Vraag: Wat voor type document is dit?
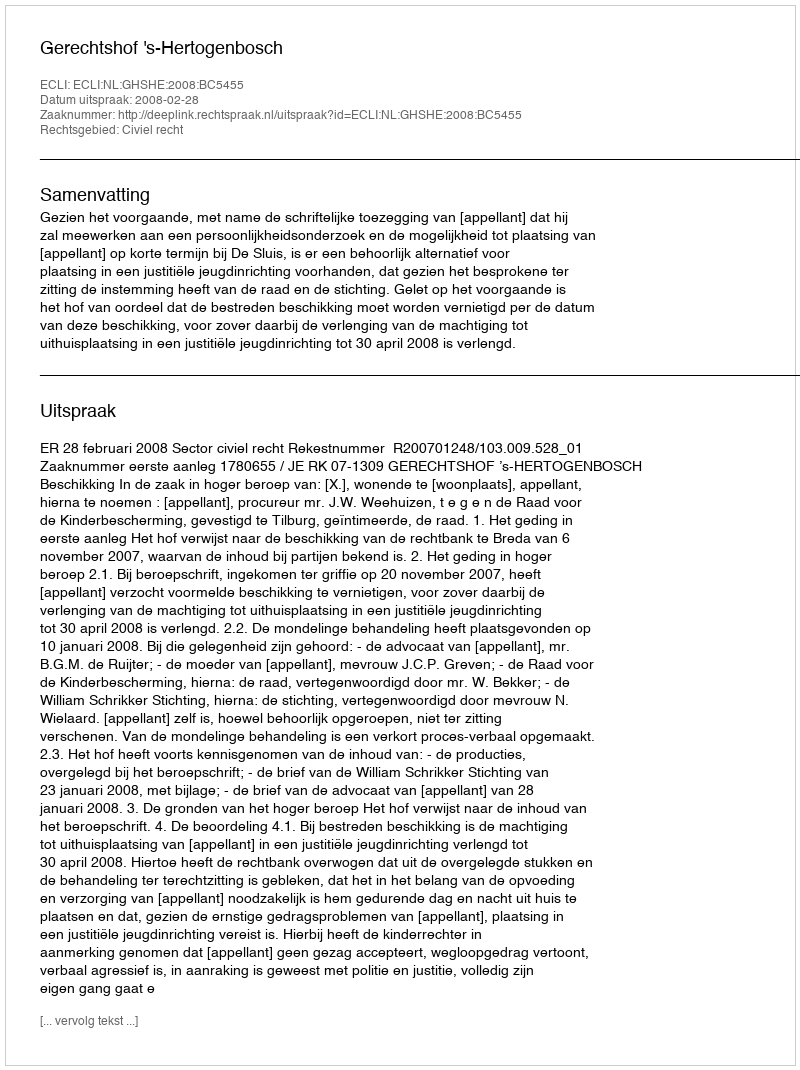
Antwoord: Uitspraak